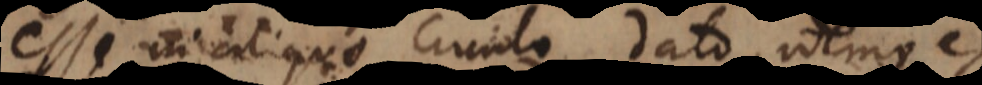
esse in aliquo circulo dato, idemque es